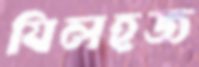
যিলহজ